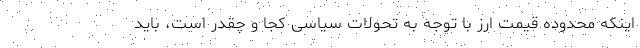
اینکه محدوده قیمت ارز با توجه به تحولات سیاسی کجا و چقدر است، باید